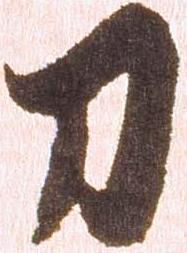
刀